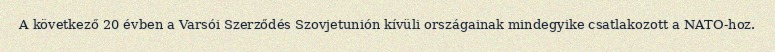
A következő 20 évben a Varsói Szerződés Szovjetunión kívüli országainak mindegyike csatlakozott a NATO-hoz.